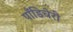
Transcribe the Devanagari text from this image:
पॉँडिचेरी